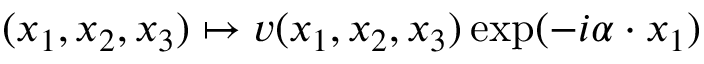
( x _ { 1 } , x _ { 2 } , x _ { 3 } ) \mapsto v ( x _ { 1 } , x _ { 2 } , x _ { 3 } ) \exp ( - i \alpha \cdot x _ { 1 } )